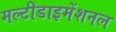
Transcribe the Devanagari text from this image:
मल्टीडाइमेंशनल